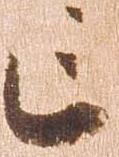
亡